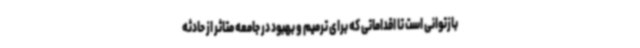
بازتوانی است تا اقداماتی که برای ترمیم و بهبود در جامعه متاثر از حادثه